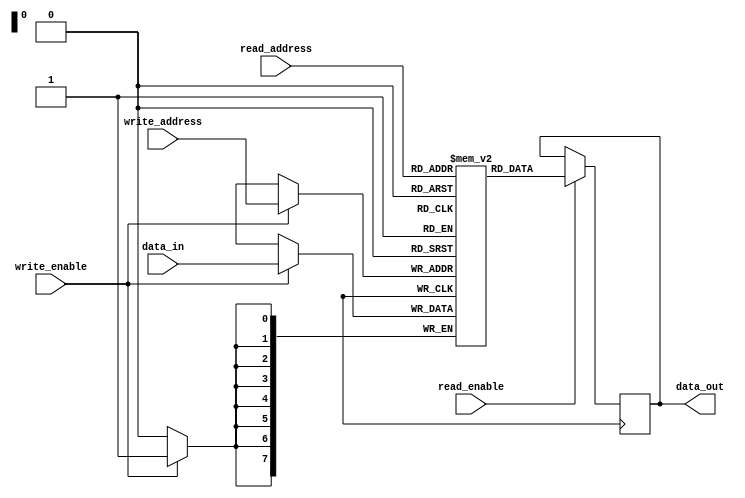
module register_file(
    input [7:0] read_address,
    input [7:0] write_address,
    input [7:0] data_in,
    input read_enable,
    input write_enable,
    output reg [7:0] data_out
);

reg [7:0] registers [0:255];

always @ (posedge clk) begin
    if (write_enable) begin
        registers[write_address] <= data_in;
    end
    
    if (read_enable) begin
        data_out <= registers[read_address];
    end
end

endmodule